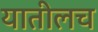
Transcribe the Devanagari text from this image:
यातीलच